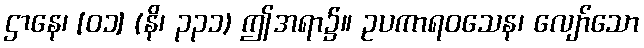
ဌာနေ၊ [၀၁] (နိ၊ ၃၃၁) ဤအရာ၌။ ဥပကာရဝသေန၊ လျော်သော